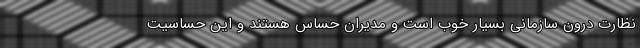
نظارت درون سازمانی بسیار خوب است و مدیران حساس هستند و این حساسیت